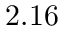
2 . 1 6